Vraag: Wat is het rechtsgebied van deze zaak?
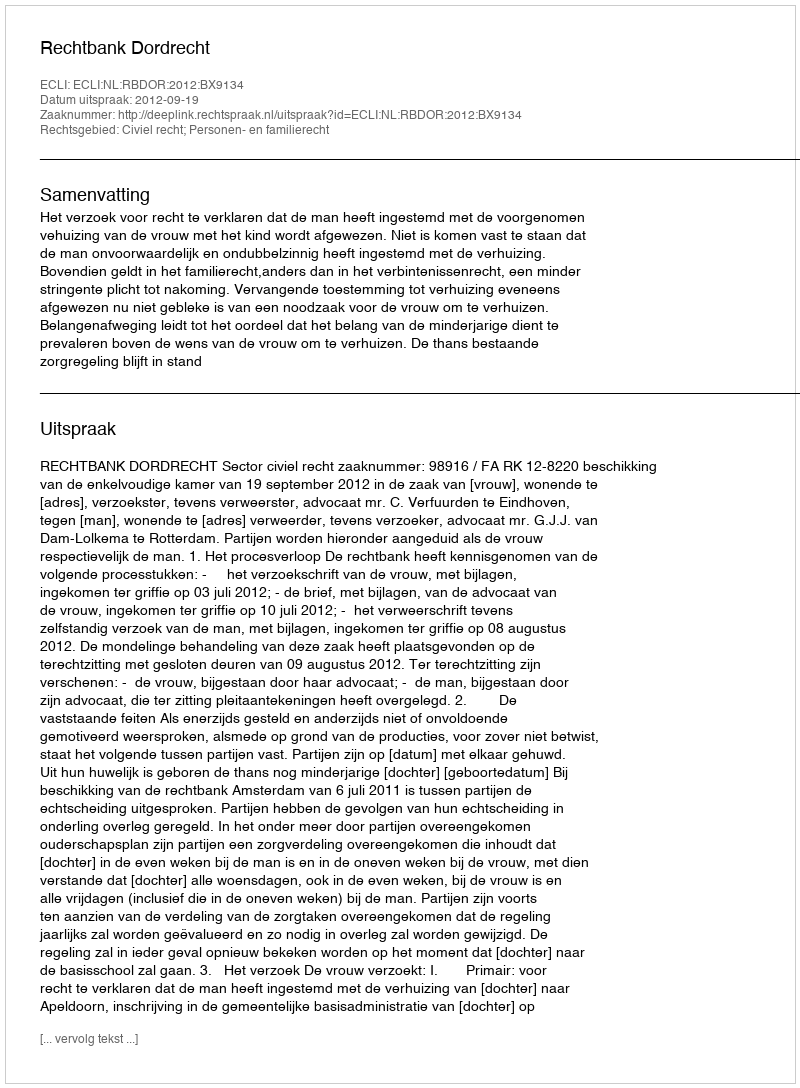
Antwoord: Civiel recht; Personen- en familierecht